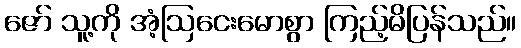
ဇော် သူ့ကို အံ့ဩငေးမောစွာ ကြည့်မိပြန်သည်။